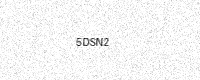
Text: 5DSN2